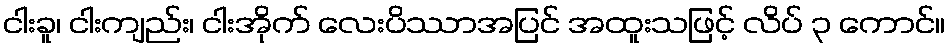
ငါးခူ၊ ငါးကျည်း၊ ငါးအိုက် လေးပိဿာအပြင် အထူးသဖြင့် လိပ် ၃ ကောင်။